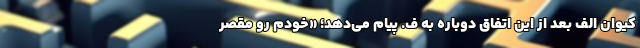
کیوان الف بعد از این اتفاق دوباره به ف. پیام می‌دهد؛ «خودم رو مقصر